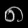
Digit: ၈